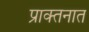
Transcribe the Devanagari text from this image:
प्राक्तनात